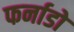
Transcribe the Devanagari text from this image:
फर्नाडो